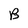
Character: B